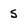
Character: 5